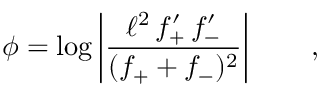
\phi = \log \left\vert \frac { \ell ^ { 2 } \, f _ { + } ^ { \prime } \, f _ { - } ^ { \prime } } { ( f _ { + } + f _ { - } ) ^ { 2 } } \right\vert \qquad ,